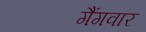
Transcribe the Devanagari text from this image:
गैंगवार